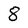
Character: 8